Annual report of the Imperial Bacteriologist
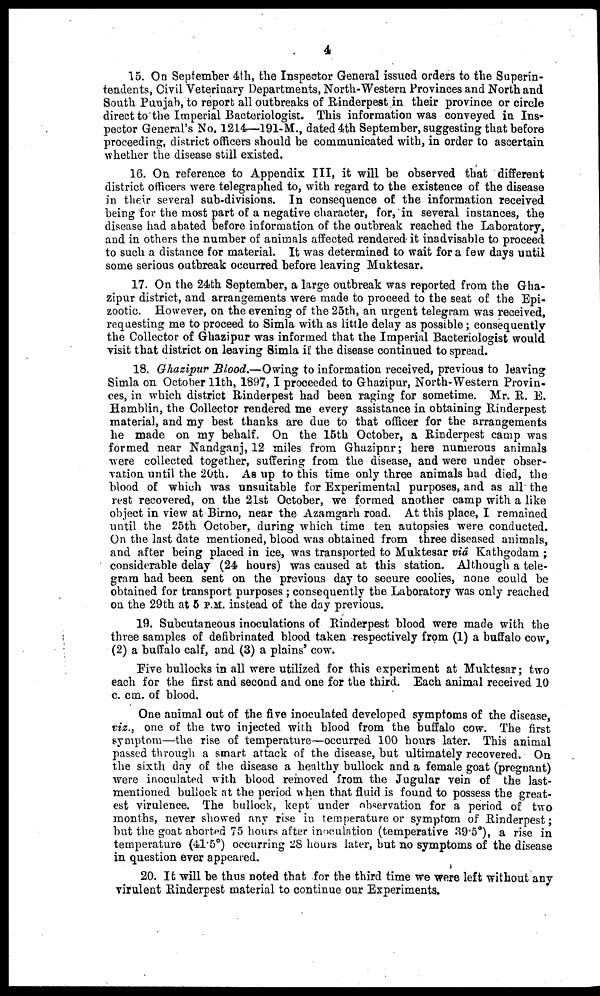
4
15. On September 4th, the Inspector General issued orders to the Superin-
tendents, Civil Veterinary Departments, North-Western Provinces and North and
South Punjab, to report all outbreaks of Rinderpest in their province or circle
direct to the Imperial Bacteriologist. This information was conveyed in Ins-
pector General's No. 1214—191-M., dated 4th September, suggesting that before
proceeding, district officers should be communicated with, in order to ascertain
whether the disease still existed.
16. On reference to Appendix III, it will be observed that different
district officers were telegraphed to, with regard to the existence of the disease
in their several sub-divisions. In consequence of the information received
being for the most part of a negative character, for, in several instances, the
disease had abated before information of the outbreak reached the Laboratory,
and in others the number of animals affected rendered it inadvisable to proceed
to such a distance for material. It was determined to wait for a few days until
some serious outbreak occurred before leaving Muktesar.
17. On the 24th September, a large outbreak was reported from the Gha-
zipur district, and arrangements were made to proceed to the seat of the Epi-
zootic. However, on the evening of the 25th, an urgent telegram was received,
requesting me to proceed to Simla with as little delay as possible; consequently
the Collector of Ghazipur was informed that the Imperial Bacteriologist would
visit that district on leaving Simla if the disease continued to spread.
18. Ghazipur Blood.—Owing to information received, previous to leaving
Simla on October 11th, 1897,I proceeded to Ghazipur, North-Western Provin-
ces, in which district Rinderpest had been raging for sometime. Mr. R. E.
Hamblin, the Collector rendered me every assistance in obtaining Rinderpest
material, and my best thanks are due to that officer for the arrangements
he made on my behalf. On the 15th October, a Rinderpest camp was
formed near Nandganj, 12 miles from Ghazipnr; here numerous animals
were collected together, suffering from the disease, and were under obser-
vation until the 20th. As up to this time only three animals had died, the
blood of which was unsuitable for Experimental purposes, and as all the
rest recovered, on the 21st October, we formed another camp with a like
object in view at Birno, near the Azamgarh road. At this place, I remained
until the 25th October, during which time ten autopsies were conducted.
On the last date mentioned, blood was obtained from three diseased animals,
and after being placed in ice, was transported to Muktesar via Kathgodam ;
considerable delay (24 hours) was caused at this station. Although a tele-
gram had been sent on the previous day to secure coolies, none could be
obtained for transport purposes ; consequently the Laboratory was only reached
on the 29th at 5 P.M. instead of the day previous.
19. Subcutaneous inoculations of Rinderpest blood were made with the
three samples of defibrinated blood taken respectively from (1) a buffalo cow,
(2) a buffalo calf, and (3) a plains' cow.
Five bullocks in all were utilized for this experiment at Muktesar; two
each for the first and second and one for the third. Each animal received 10
c. cm. of blood.
One animal out of the five inoculated developed symptoms of the disease,
viz., one of the two injected with blood from the buffalo cow. The first
symptom—the rise of temperature—occurred 100 hours later. This animal
passed through a smart attack of the disease, but ultimately recovered. On
the sixth day of the disease a healthy bullock and a female goat (pregnant)
were inoculated with blood removed from the Jugular vein of the last-
mentioned bullock at the period when that fluid is found to possess the great-
est virulence. The bullock, kept under observation for a period of two
months, never showed any rise in temperature or symptom of Rinderpest;
but the goat aborted 75 hours after inoculation (temperative 39.5°), a rise in
temperature (41.5°) occurring 28 hours later, but no symptoms of the disease
in question ever appeared.
20. It will be thus noted that for the third time we were left without any
virulent Rinderpest material to continue our Experiments.